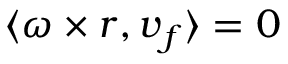
\langle \boldsymbol { \omega } \times \boldsymbol { r } , \boldsymbol { v } _ { f } \rangle = 0